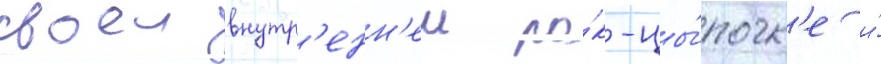
своеи внутр'енн'еи ро́к-цы́почк'е и́